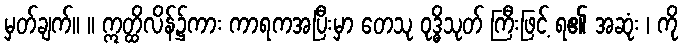
မှတ်ချက်။ ။ ဣတ္ထိလိန်၌ကား ကာရကအပြီးမှာ တေသု ဝုဒ္ဓိသုတ် ကြီးဖြင့် ရ၏ အဆုံး ၊ ကို